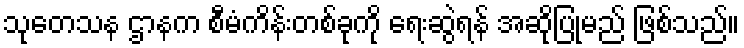
သုတေသန ဌာနက စီမံကိန်းတစ်ခုကို ရေးဆွဲရန် အဆိုပြုမည် ဖြစ်သည်။